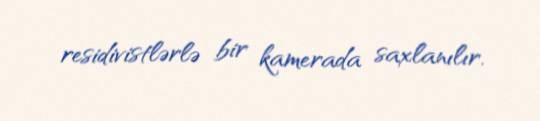
residivistlərlə bir kamerada saxlanılır.